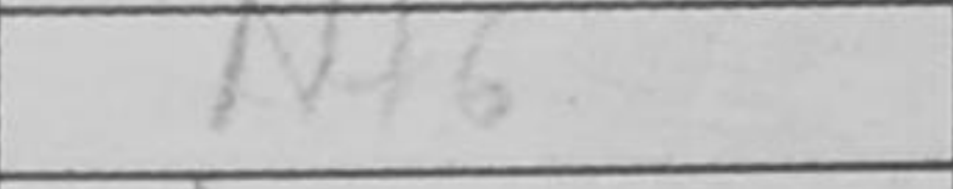
Transcription: Nf6